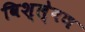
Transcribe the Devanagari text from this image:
विश्ले्षण